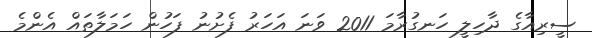
ސީރިއާގެ ދާހިލީ ހަނގުރާމަ 2011 ވަނަ އަހަރު ފެށުނު ފަހުން ހަމަލާތައް އެންމެ